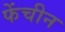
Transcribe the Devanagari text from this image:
फेंचीन